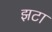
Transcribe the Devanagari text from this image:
झटा